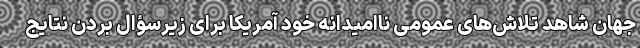
جهان شاهد تلاش‌های عمومی ناامیدانه خود آمریکا برای زیرسؤال بردن نتایج